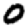
Digit: 0